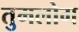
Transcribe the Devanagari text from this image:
तुमलोग